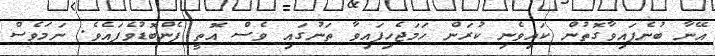
އޭނާ ބުނެފައިވާގޮތުން ކައިވެނި ކުރަން ހަމަޖެހިފައިވާ ތަނުގައި ވެސް އޮތީ ފެންބޮޑުވެފައެވެ. ނަމަވެސް